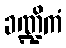
ခဏ္ဍိကံ